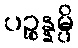
ပဉ္စန္နမ္ပိ